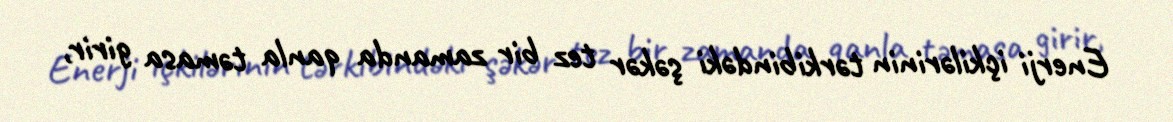
Enerji içkilərinin tərkibindəki şəkər tez bir zamanda qanla təmasa girir,